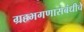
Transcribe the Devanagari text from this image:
ग्रहभगणासंबंधीचे